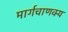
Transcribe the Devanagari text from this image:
मार्गचाणक्य